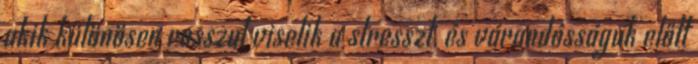
akik különösen rosszul viselik a stresszt, és várandósságuk előtt